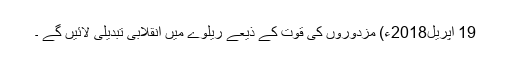
19 اپریل2018ء) مزدوروں کی قوت کے ذیعے ریلوے میں انقلابی تبدیلی لائیں گے ۔